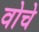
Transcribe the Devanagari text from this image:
वोचे